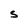
Character: S